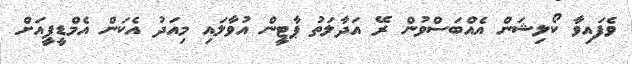
ވެފައިވާ ކޯލިޝަން އެއްބަސްވުން ރޭ އަދާލަތު ޕާޓީން އުވާލައި މިއަދު އެކަން އެމްޑީޕީއަށް